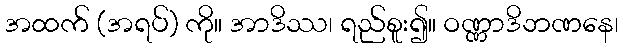
အထက် (အရပ်) ကို။ အာဒိဿ၊ ရည်စူး၍။ ဝဏ္ဏာဒိဘဏနေ၊